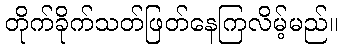
တိုက်ခိုက်သတ်ဖြတ်နေကြလိမ့်မည်။